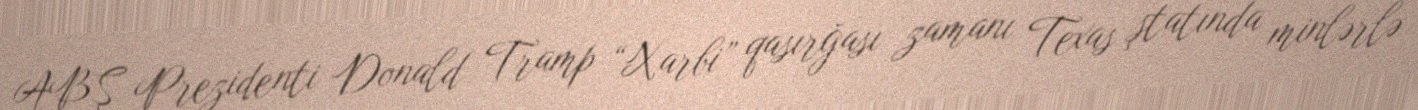
ABŞ Prezidenti Donald Tramp “Xarbi” qasırğası zamanı Texas ştatında minlərlə